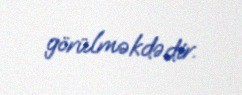
görülməkdədir.